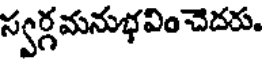
స్వర్గమనుభవిం చెదరు.